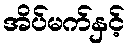
အိပ်မက်နှင့်